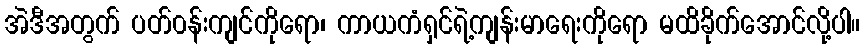
အဲဒီအတွက် ပတ်၀န်းကျင်ကိုရော၊ ကာယကံရှင်ရဲ့ကျန်းမာရေးကိုရော မထိခိုက်အောင်လို့ပါ။